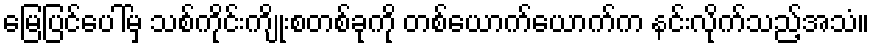
မြေပြင်ပေါ်မှ သစ်ကိုင်းကျိုးစတစ်ခုကို တစ်ယောက်ယောက်က နင်းလိုက်သည့်အသံ။